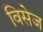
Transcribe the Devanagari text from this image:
विसेज